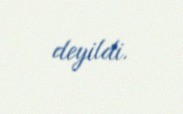
deyildi.